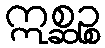
ဣစ္ဆဉ္စ